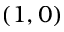
( 1 , 0 )